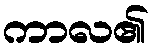
ကာလ၏